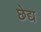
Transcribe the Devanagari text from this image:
छेद्य